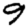
Digit: 9